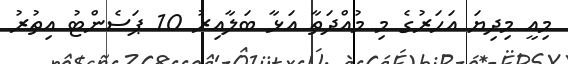
މިއީ މިދިޔަ އަހަރުގެ މި މުއްދަތާ އަޅާ ބަލާއިރު 10 ޕަސެންޓު އިތުރު